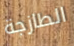
الطازجة